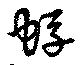
蜉